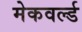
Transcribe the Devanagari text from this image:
मेकवर्ल्ड